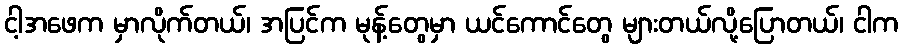
ငါ့အဖေက မှာလိုက်တယ်၊ အပြင်က မုန့်တွေမှာ ယင်ကောင်တွေ များတယ်လို့ပြောတယ်၊ ငါက